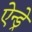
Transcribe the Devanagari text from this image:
ऐन्ड्रे